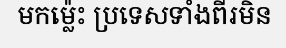
មកម្ល៉េះ ប្រទេសទាំងពីរមិន